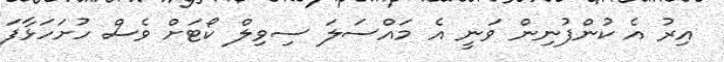
އިރު އެ ކުންފުނިން ވަނީ އެ މައްސަލަ ސިވިލް ކޯޓަށް ވެސް ހުށަހަޅާފަ